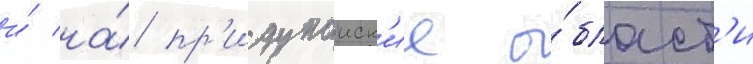
и́ на́ пр'идунаиск'ие о́бласт'и